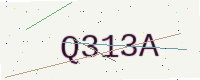
Text: Q313A